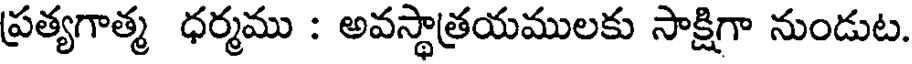
ప్రత్యగాత్మ ధర్మము : అవస్థాత్రయములకు సాక్షిగా నుండుట.